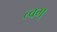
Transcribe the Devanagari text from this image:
त्वग्